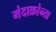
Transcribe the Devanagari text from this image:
मंदाक्रांन्ता